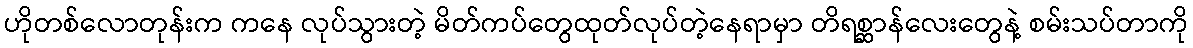
ဟိုတစ်လောတုန်းက ကနေ လုပ်သွားတဲ့ မိတ်ကပ်တွေထုတ်လုပ်တဲ့နေရာမှာ တိရစ္ဆာန်လေးတွေနဲ့ စမ်းသပ်တာကို